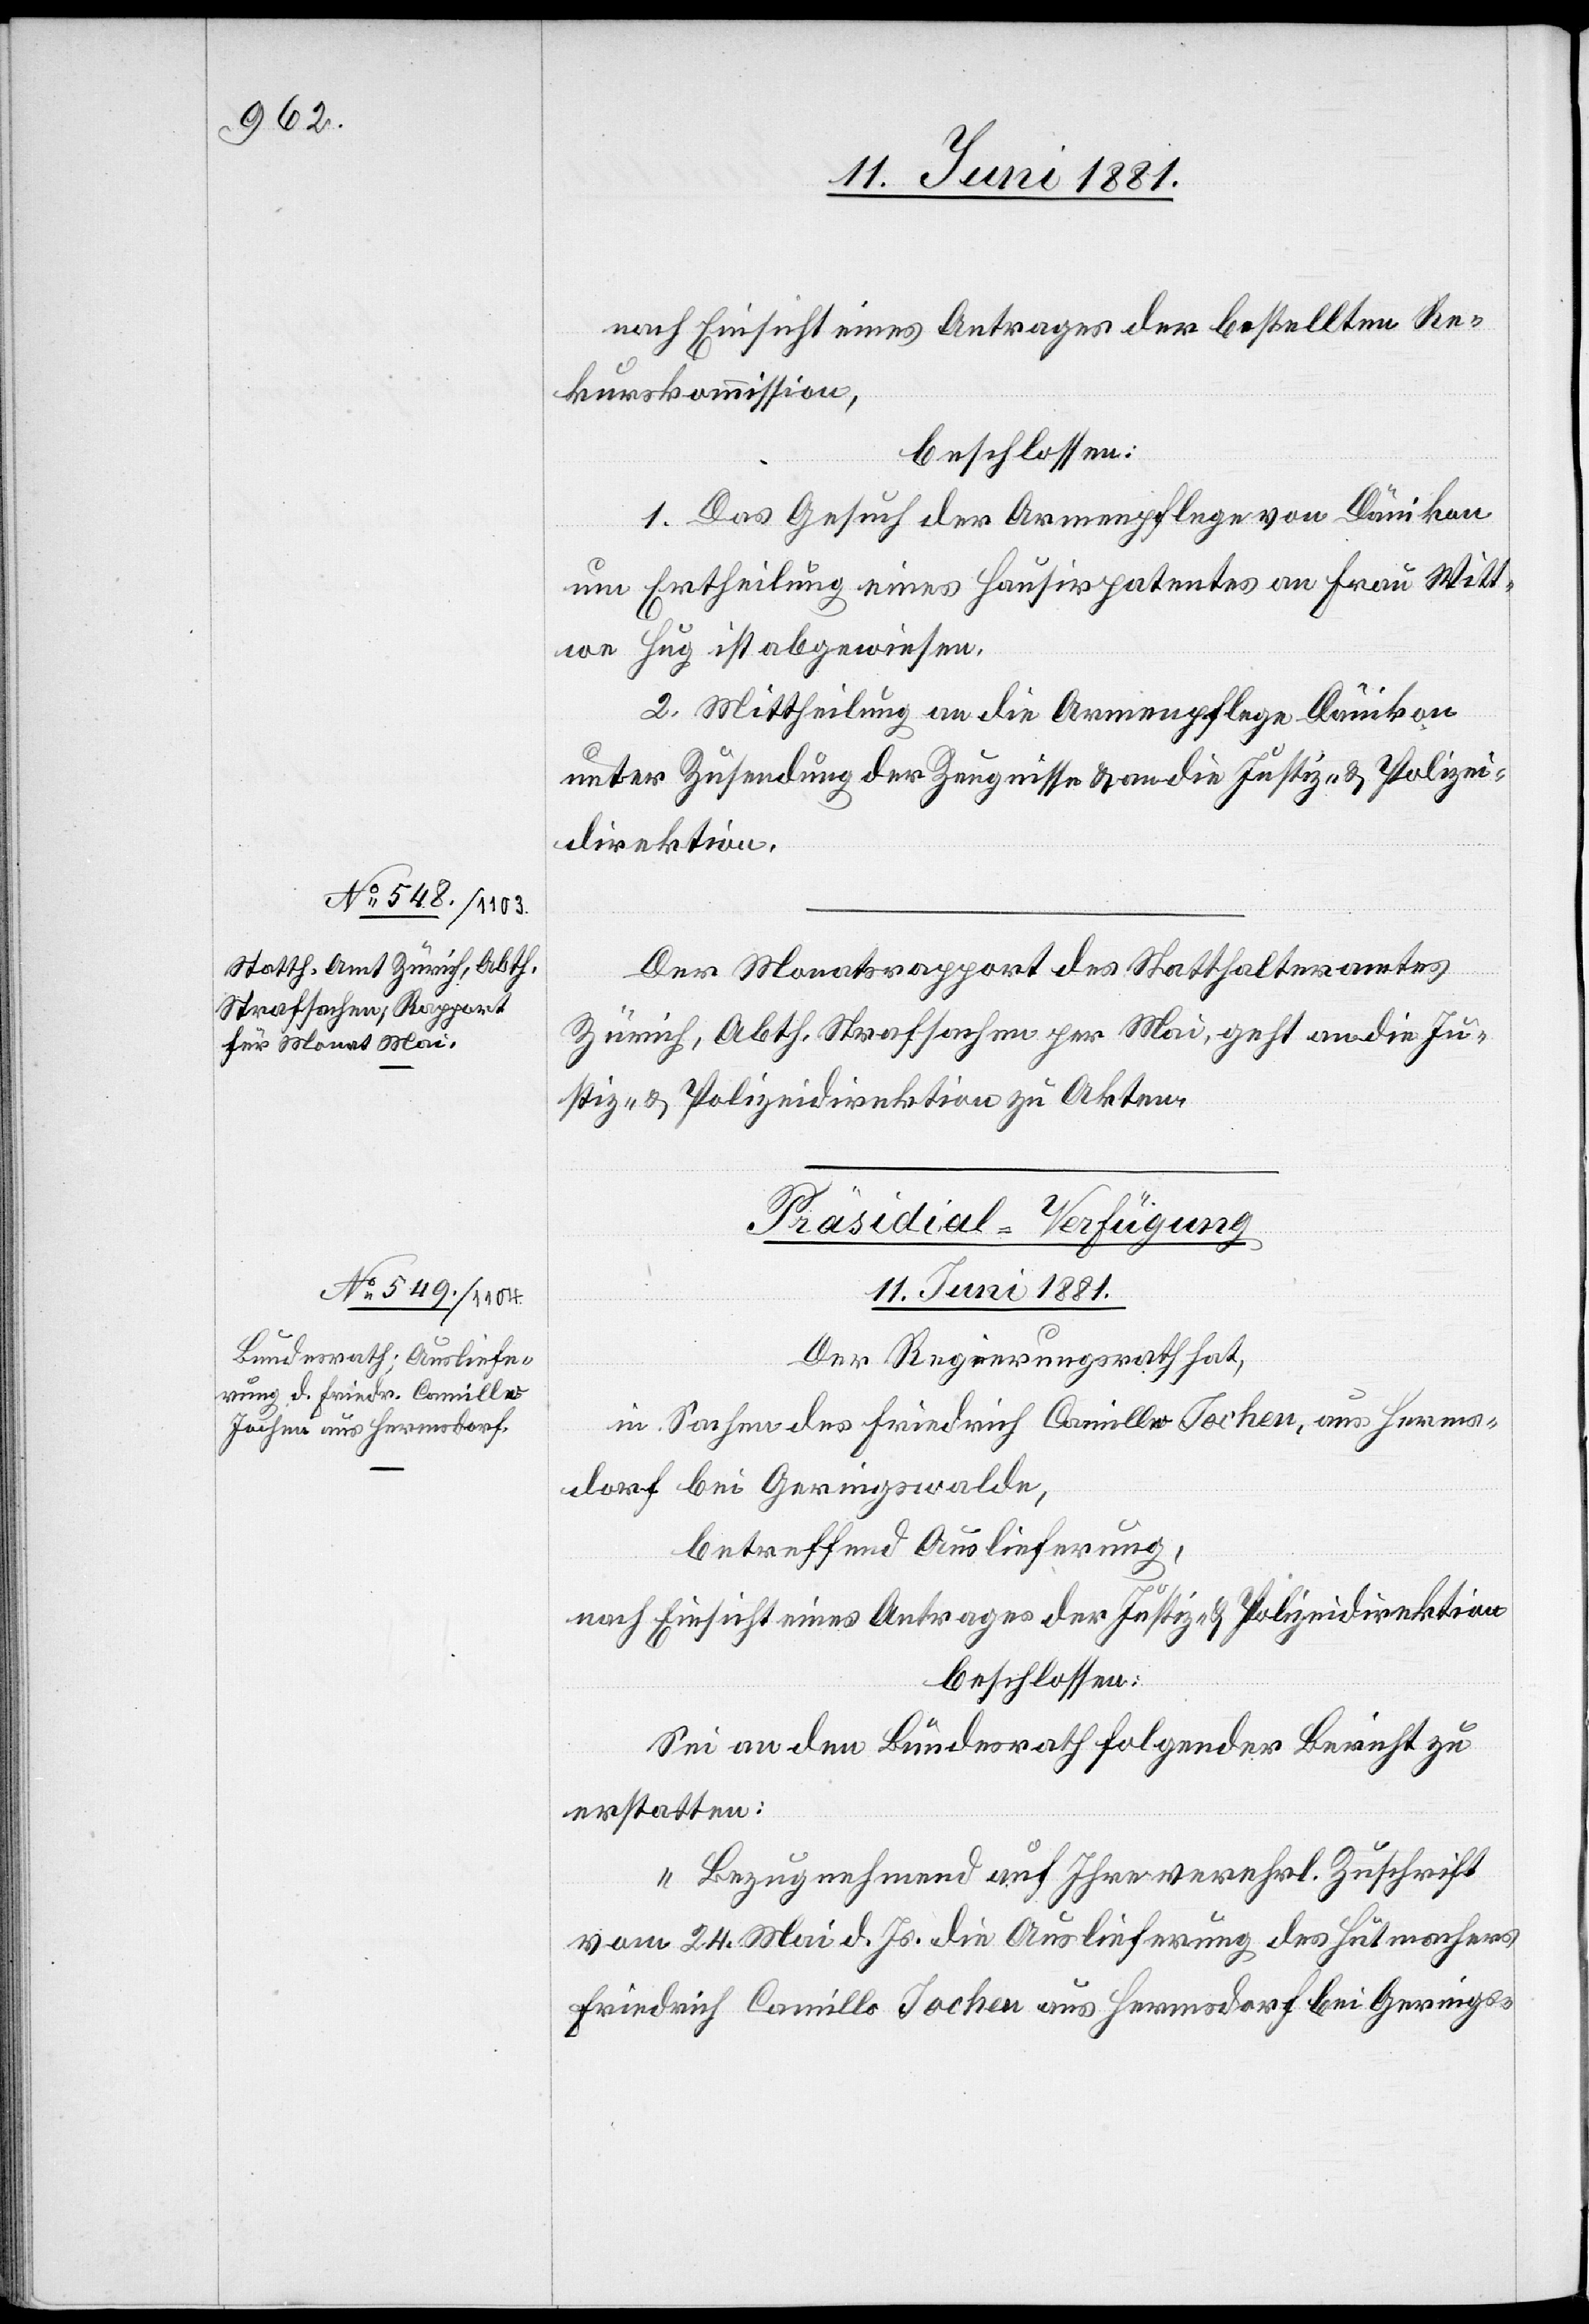
nach Einsicht eines Antrages der bestellten Re¬
kurskommission,
beschlossen:
1. Das Gesuch der Armenpflege von Dänikon
um Ertheilung eines Hausirpatentes an Frau Witt¬
we Hug ist abgewiesen.
2. Mittheilung an die Armenpflege Dänikon
unter Zusendung der Zeugnisse & an die Justiz- & Polizei¬
direktion.
Der Monatsrapport des Statthalteramtes
Zürich, Abth. Strafsachen per Mai, geht an die Ju¬
stiz- & Polizeidirektion zu Akten.
Präsidial-Verfügung
11. Juni 1881.
Der Regierungsrath hat,
in Sachen des Friedrich Camillo Jochen, aus Herms¬
dorf bei Geringswalde,
betreffend Auslieferung,
nach Einsicht eines Antrages der Justiz- & Polizeidirektion,
beschlossen:
Sei an den Bundesrath folgender Bericht zu
erstatten:
„Bezugnehmend auf Ihre verehrl. Zuschrift
vom 24. Mai d. Js. die Auslieferung des Hutmachers
Friedrich Camillo Jochen aus Hermsdorf bei Gerings-